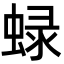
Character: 𧌍